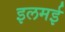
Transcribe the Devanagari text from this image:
इलमई